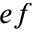
e f